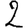
Digit: 2